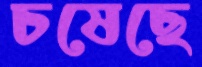
চষেছে